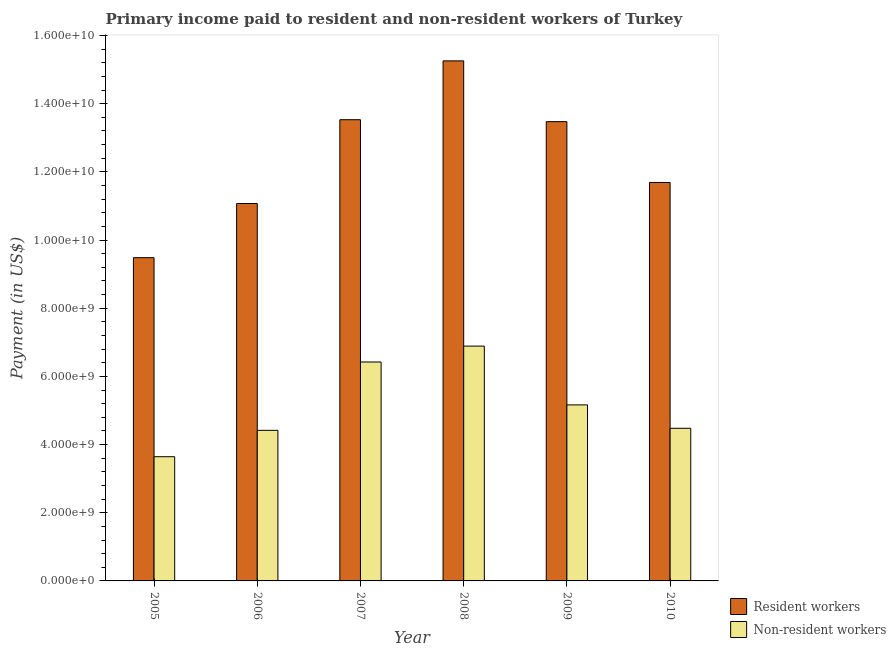
| Year | Resident workers | Non-resident workers |
 | --- | --- | --- |
 | 2005 | 9.48e+09 | 3.64e+09 |
 | 2006 | 1.11e+10 | 4.42e+09 |
 | 2007 | 1.35e+10 | 6.42e+09 |
 | 2008 | 1.53e+10 | 6.89e+09 |
 | 2009 | 1.35e+10 | 5.16e+09 |
 | 2010 | 1.17e+10 | 4.48e+09 |